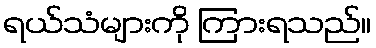
ရယ်သံများကို ကြားရသည်။